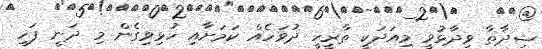
ޝިދާތާ ވިދާޅުވީ މިއަދަކީ ތާރީހީ ދުވަހެއް ކަމަށާއި ހުޅިވިގެން މި ދަނީ ފަހި